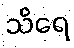
သိရေ